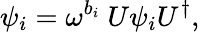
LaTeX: \psi_{i}=\omega^{b_{i}}\ U\psi_{i}U^{\dagger},